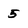
Character: 5